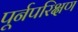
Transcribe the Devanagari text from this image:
पूर्नपरिक्षण